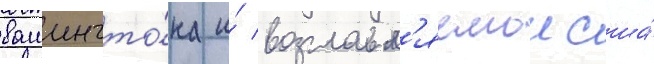
вашингто́на и́ возглавл'яемои сша́